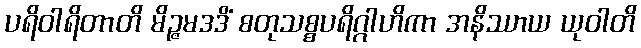
ပရိဝါရိတာတိ မိဉ္ဇမဒဒိံ စတုသစ္စပရိဂ္ဂါဟိကာ အနိဿာယ ယုဝါတိ